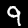
Digit: 9